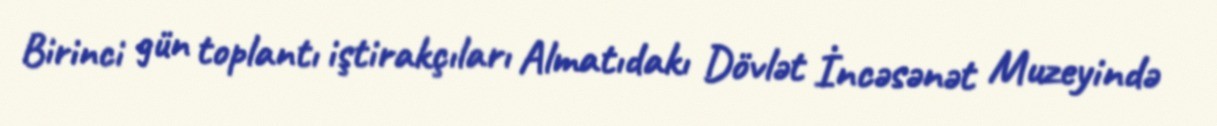
Birinci gün toplantı iştirakçıları Almatıdakı Dövlət İncəsənət Muzeyində